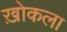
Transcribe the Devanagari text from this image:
ख़ोकला